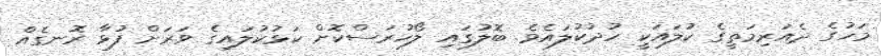
މަހުގެ ދެއަރިމަތީގެ ކުލައަކީ ހުދުކުލައެވެ. ބޮލުގައި ލޯހުރަސްކޮށް ކަޅުކުލައިގެ ވަރަށް ފުޅާ ރޮނގެއް